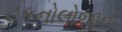
ટકનોલોજીનો